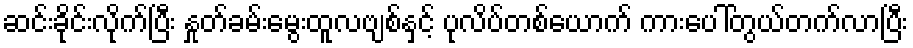
ဆင်းခိုင်းလိုက်ပြီး နှုတ်ခမ်းမွေးထူလဗျစ်နှင့် ပုလိပ်တစ်ယောက် ကားပေါ်တွယ်တက်လာပြီး